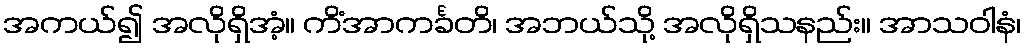
အကယ်၍ အလိုရှိအံ့။ ကိံအာကင်္ခတိ၊ အဘယ်သို့ အလိုရှိသနည်း။ အာသဝါနံ၊